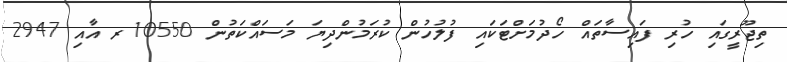
ތިޖޫރީގައި ހުރި ފައިސާތައް ހޯދުމަށްޓަކައި ފުލުހުން ކުރަމުންދިޔަ މަސައްކަތުން 10550ރ އާއި 2947